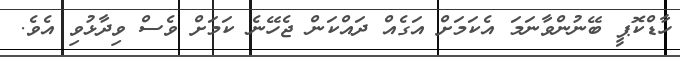
ހާޑްކޮޕީ ބޭނުންވާނަމަ އެކަމަށް އަގެއް ދައްކަން ޖެހޭނެ ކަމަށް ވެސް ވިދާޅުވި އެވެ.